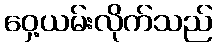
ဝှေ့ယမ်းလိုက်သည်